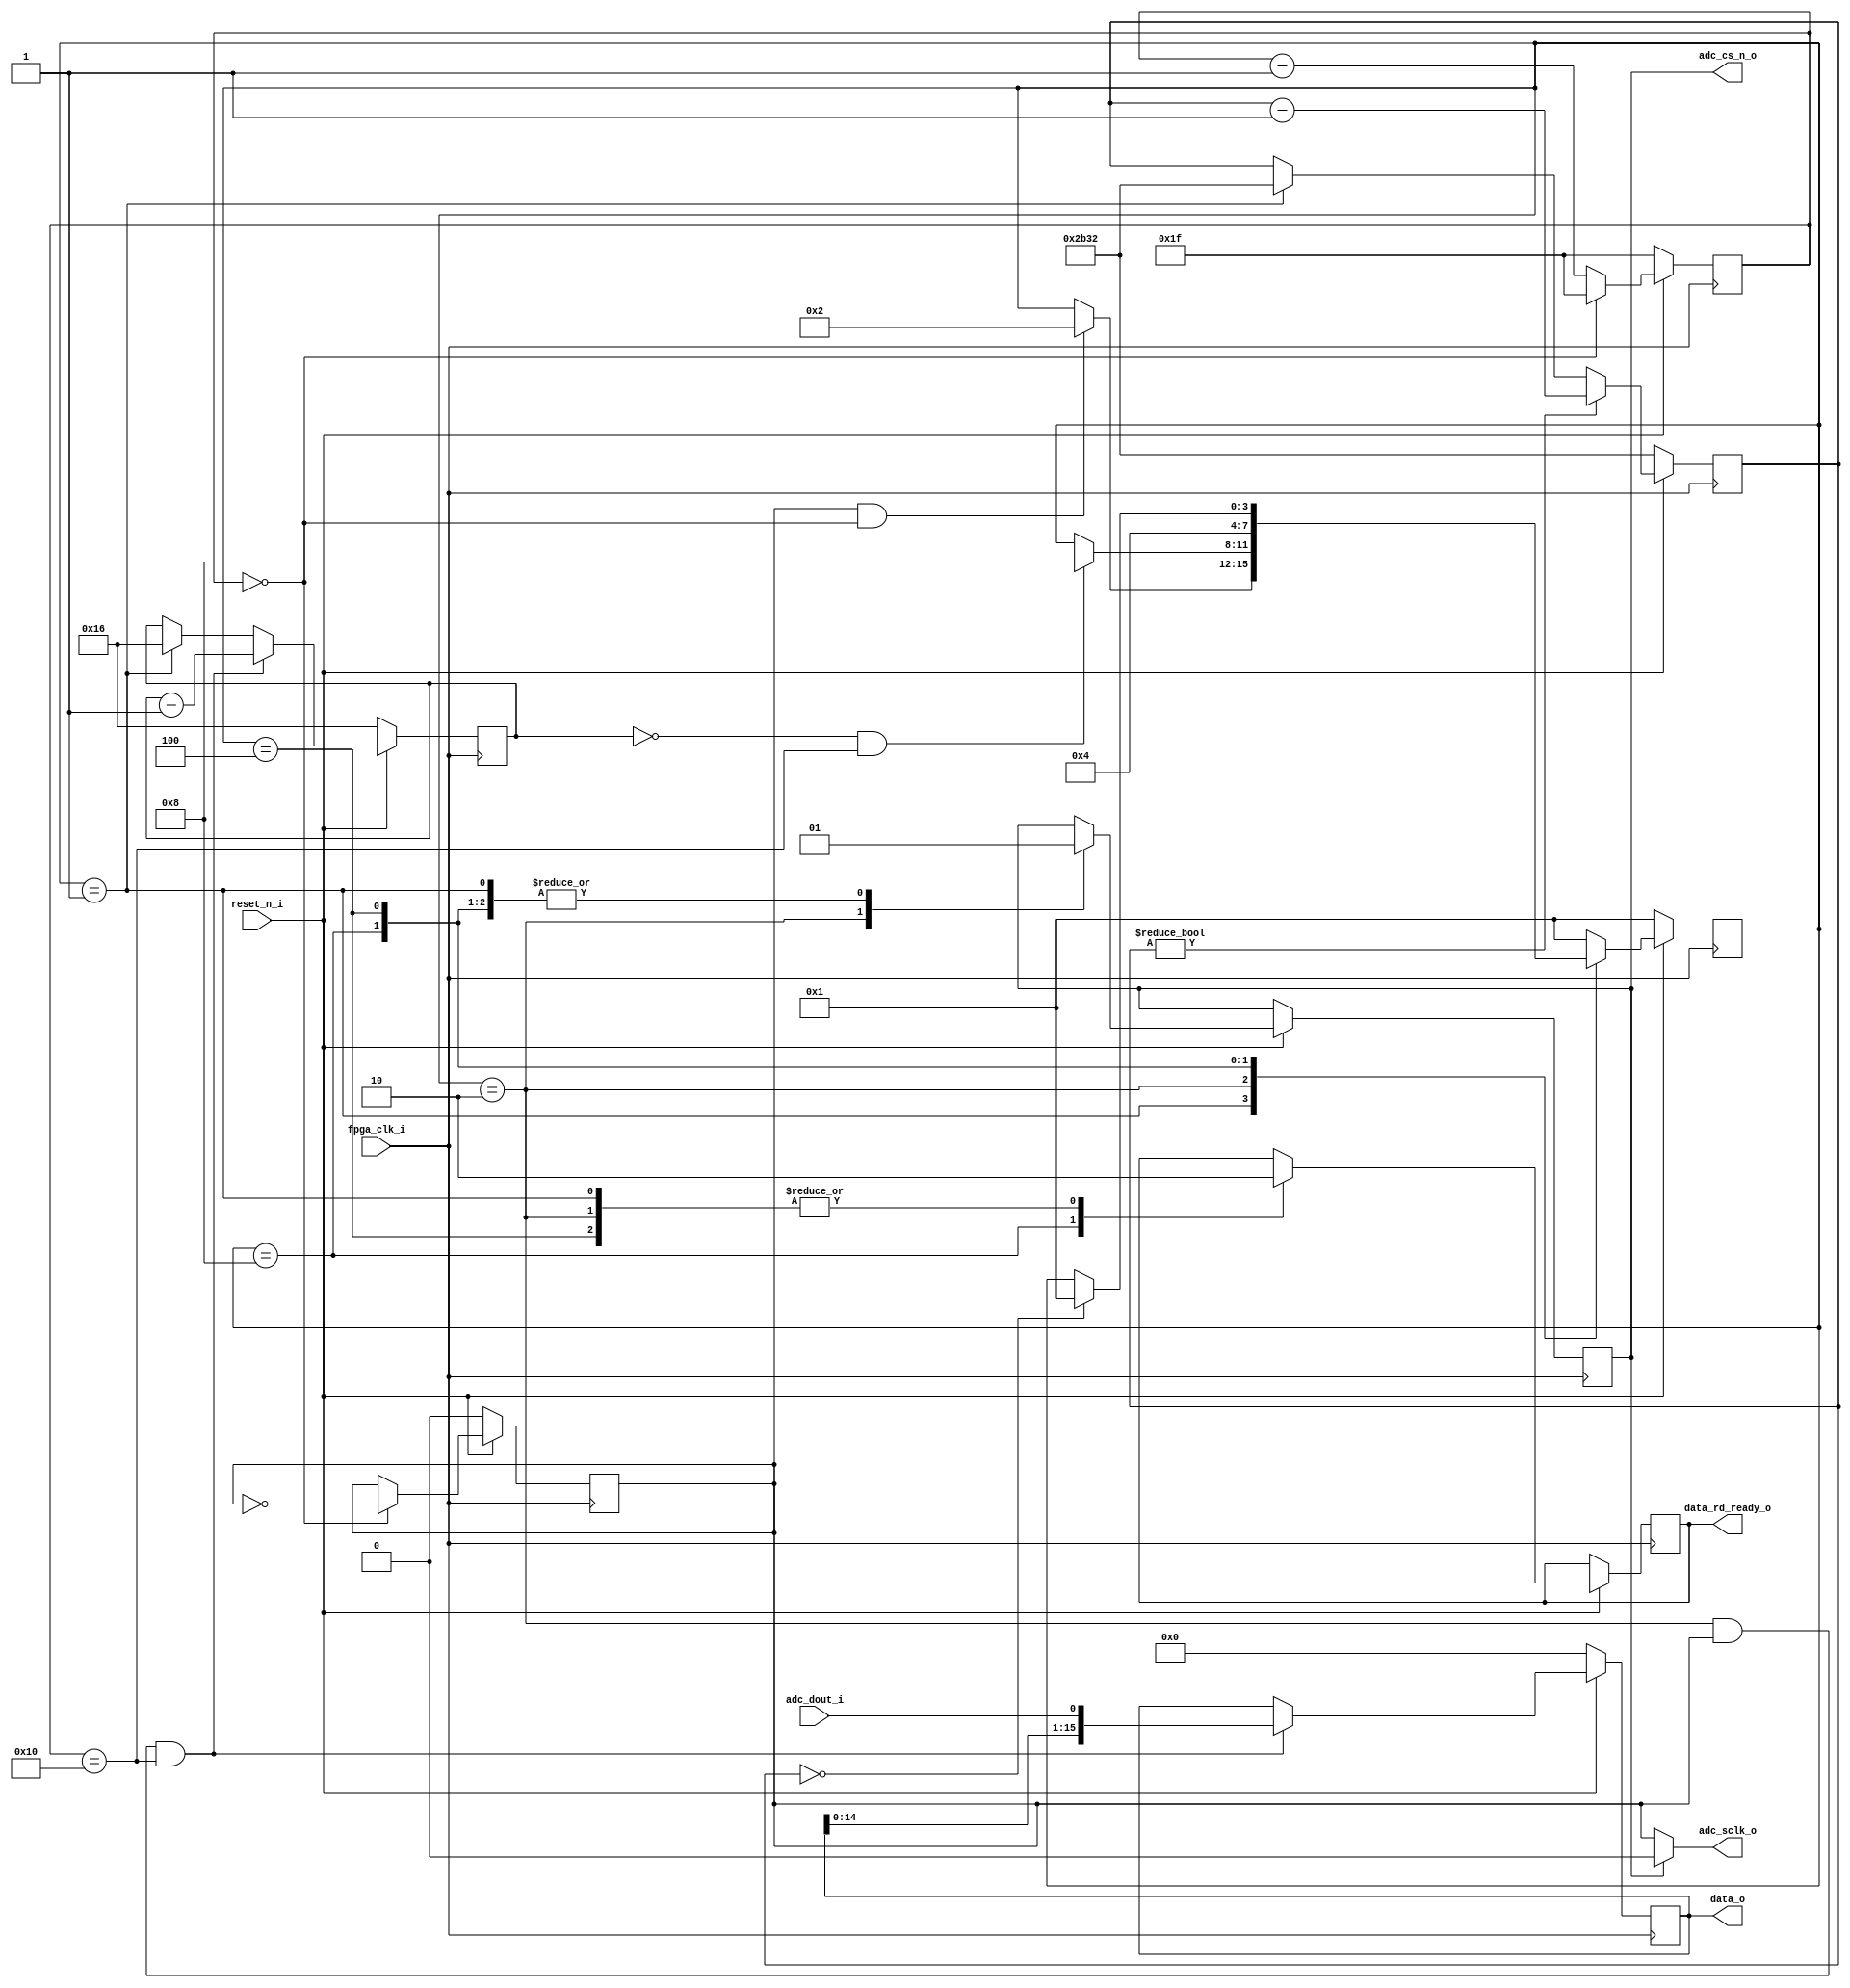
// -----------------------------------------------------------------------------
//
// Copyright 2012(c) Analog Devices, Inc.
//
// All rights reserved.
//
// Redistribution and use in source and binary forms, with or without modification,
// are permitted provided that the following conditions are met:
//  - Redistributions of source code must retain the above copyright
//    notice, this list of conditions and the following disclaimer.
//  - Redistributions in binary form must reproduce the above copyright
//    notice, this list of conditions and the following disclaimer in
//    the documentation and/or other materials provided with the
//    distribution.
//  - Neither the name of Analog Devices, Inc. nor the names of its
//    contributors may be used to endorse or promote products derived
//    from this software without specific prior written permission.
//  - The use of this software may or may not infringe the patent rights
//    of one or more patent holders.  This license does not release you
//    from the requirement that you obtain separate licenses from these
//    patent holders to use this software.
//  - Use of the software either in source or binary form, must be run
//    on or directly connected to an Analog Devices Inc. component.
//
// THIS SOFTWARE IS PROVIDED BY ANALOG DEVICES "AS IS" AND ANY EXPRESS OR IMPLIED
// WARRANTIES, INCLUDING, BUT NOT LIMITED TO, NON-INFRINGEMENT, MERCHANTABILITY
// AND FITNESS FOR A PARTICULAR PURPOSE ARE DISCLAIMED.
// IN NO EVENT SHALL ANALOG DEVICES BE LIABLE FOR ANY DIRECT, INDIRECT, INCIDENTAL,
// SPECIAL, EXEMPLARY, OR CONSEQUENTIAL DAMAGES (INCLUDING, BUT NOT LIMITED TO,
// INTELLECTUAL PROPERTY RIGHTS, PROCUREMENT OF SUBSTITUTE GOODS OR SERVICES;
// LOSS OF USE, DATA, OR PROFITS; OR BUSINESS INTERRUPTION) HOWEVER CAUSED AND
// ON ANY THEORY OF LIABILITY, WHETHER IN CONTRACT, STRICT LIABILITY, OR TORT
// (INCLUDING NEGLIGENCE OR OTHERWISE) ARISING IN ANY WAY OUT OF THE USE OF THIS
// SOFTWARE, EVEN IF ADVISED OF THE POSSIBILITY OF SUCH DAMAGE.
//
// -----------------------------------------------------------------------------
// MODULE NAME : AD7683
// AUTHORS EMAIL : adrian.costina@analog.com
// -----------------------------------------------------------------------------
// SVN REVISION: 1630
// -----------------------------------------------------------------------------
// KEYWORDS : AD7683
// -----------------------------------------------------------------------------
// PURPOSE : Driver for the AD7683 16-Bit Differential, 100 kSPS PulSAR ADC
//          MSOP/QFN
// -----------------------------------------------------------------------------
// REUSE ISSUES
// Reset Strategy      : Active low reset signal
// Clock Domains       :
// Critical Timing     : N/A
// Test Features       : N/A
// Asynchronous I/F    : N/A
// Instantiations      : N/A
// Synthesizable (y/n) : Y
// Target Device       : AD7683
// Other               : The driver is intended to be used for AD7683 ADCs
// -----------------------------------------------------------------------------
// -----------------------------------------------------------------------------

`timescale 1 ns /100 ps //Use a timescale that is best for simulation.

//------------------------------------------------------------------------------
//----------- Module Declaration -----------------------------------------------
//------------------------------------------------------------------------------

module AD7683

//----------- Ports Declarations -----------------------------------------------
(
    //clock and reset signals
    input               fpga_clk_i,     // system clock
    input               reset_n_i,      // active low reset signal

    //IP control and data interface
    output     [15:0]   data_o,         // data read from the ADC
    output reg          data_rd_ready_o,// when set to high the data read from the ADC is available on the data_o bus

    //ADC control and data interface
    input               adc_dout_i,     // ADC DOUT signal
    output              adc_sclk_o,     // ADC DCLOCK signal
    output reg          adc_cs_n_o      // ADC CS signal
);

//------------------------------------------------------------------------------
//----------- Registers Declarations -------------------------------------------
//------------------------------------------------------------------------------

reg [ 3:0]  adc_state;      // current state for the ADC control state machine
reg [ 3:0]  adc_next_state; // next state for the ADC control state machine

reg [ 13:0]  adc_tcycle_cnt; // counts the number of FPGA clock cycles to determine when an ADC cycle is complete
reg [ 4:0]  sclk_clk_cnt;   // counts the number of clocks applied to the ADC to read the conversion result

reg [15:0]  adc_data_s;     // interal register used to store the data read from the ADC

reg [9:0]   div_clk_ff;     // counter used to divide clock
reg         adc_sclk_s;     // internal signal for the clock sent to the ADC

//------------------------------------------------------------------------------
//----------- Local Parameters -------------------------------------------------
//------------------------------------------------------------------------------
//ADC states
parameter ADC_IDLE_STATE        = 4'b0001;
parameter ADC_CONVERT_STATE     = 4'b0010;
parameter ADC_END_CNV_STATE     = 4'b0100;
parameter ADC_READ_CNV_RESULT   = 4'b1000;

//ADC timing
parameter real FPGA_CLOCK_FREQ  = 11.0592;  // FPGA clock frequency [MHz]100MHz=0.01us
parameter real ADC_CLOCK_FREQ   = 0.1728;  // ADC clock frequency [MHz] 2.3MHz=0.434us
parameter real ADC_CYCLE_TIME   = 1000;   // minimum time between two ADC conversions (Tcyc) [us] 10:CS's Falling edge =10us
parameter [13:0] ADC_CYCLE_CNT   = FPGA_CLOCK_FREQ * ADC_CYCLE_TIME - 1;
parameter [9:0] ADC_CLK_DIV     = FPGA_CLOCK_FREQ / ADC_CLOCK_FREQ / 2 - 1;

//ADC serial clock periods
parameter ADC_SCLK_PERIODS      = 5'd22; //number of clocks to be sent to the ADC to read the conversion result

//------------------------------------------------------------------------------
//----------- Assign/Always Blocks ---------------------------------------------
//------------------------------------------------------------------------------

assign adc_sclk_o     = adc_cs_n_o ? 1'b0 : adc_sclk_s;
assign data_o         = adc_data_s[15:0];

// Clock generation process
always @ (posedge fpga_clk_i)
begin
    if (reset_n_i == 1'b0)
    begin
        div_clk_ff  <= ADC_CLK_DIV;
        adc_sclk_s  <= 1'b0;
    end
    else
    begin
        if ( div_clk_ff == 10'h0)
        begin
            div_clk_ff <= ADC_CLK_DIV;
            adc_sclk_s <= ~adc_sclk_s;
        end
        else
        begin
            div_clk_ff <= div_clk_ff - 10'h1;
        end
    end
end

// Timing counter
always @(posedge fpga_clk_i)
begin
    if(reset_n_i == 1'b0)
    begin
        adc_tcycle_cnt  <= ADC_CYCLE_CNT;
    end
    else
    begin
        if(adc_tcycle_cnt != 13'h0)
        begin
            adc_tcycle_cnt <= adc_tcycle_cnt - 13'h1;
        end
        else if(adc_state == ADC_IDLE_STATE)
        begin
            adc_tcycle_cnt <= ADC_CYCLE_CNT;
        end
    end
end

// read data from the ADC
always @(posedge fpga_clk_i)
begin
    if(reset_n_i == 1'b0)
    begin
        adc_data_s  <= 16'h0;
        sclk_clk_cnt<= ADC_SCLK_PERIODS;
    end
    else if ( adc_state == ADC_CONVERT_STATE && adc_sclk_s == 1'b1 && div_clk_ff == 10'h10 )
    begin
        adc_data_s   <= { adc_data_s[14:0], adc_dout_i };
        sclk_clk_cnt <= sclk_clk_cnt - 5'h1;
    end
    else if ( adc_state == ADC_IDLE_STATE )
    begin
        sclk_clk_cnt <= ADC_SCLK_PERIODS;
    end
end

//update the ADC current state and the control signals
always @(posedge fpga_clk_i)
begin
    if(reset_n_i == 1'b0)
    begin
        adc_state <= ADC_IDLE_STATE;
    end
    else
    begin
        adc_state <= adc_next_state;
        case (adc_state)
            ADC_IDLE_STATE:     // Synchronize CS with DCLOCK
            begin
                adc_cs_n_o      <= 1'b1;
                data_rd_ready_o <= 1'b0;
            end
            ADC_CONVERT_STATE:  // Transfer data from the ADC
            begin
                adc_cs_n_o      <= 1'b0;
                data_rd_ready_o <= 1'b0;
            end
            ADC_READ_CNV_RESULT:// Transfer data to the upper module
            begin
                adc_cs_n_o      <= 1'b1;
                data_rd_ready_o <= 1'b1;
            end
            ADC_END_CNV_STATE:  // Wait for cycle end
            begin
                adc_cs_n_o      <= 1'b1;
                data_rd_ready_o <= 1'b0;
            end
        endcase
    end
end

//update the ADC next state
always @(adc_state, adc_sclk_s, adc_tcycle_cnt, div_clk_ff, sclk_clk_cnt)
begin
    adc_next_state = adc_state;
    case (adc_state)
        ADC_IDLE_STATE:
        begin
            if (adc_sclk_s == 1'b1 && div_clk_ff == 10'h0)
            begin
                adc_next_state = ADC_CONVERT_STATE;
            end
        end
        ADC_CONVERT_STATE:
        begin
            if (sclk_clk_cnt == 5'h0 && div_clk_ff == 10'h10)
            begin
                adc_next_state = ADC_READ_CNV_RESULT;
            end
        end
        ADC_READ_CNV_RESULT:
        begin
            adc_next_state  = ADC_END_CNV_STATE;
        end
        ADC_END_CNV_STATE:
        begin
            if( adc_tcycle_cnt == 13'h0)
            begin
                adc_next_state = ADC_IDLE_STATE;
            end
        end
        default:
        begin
            adc_next_state = ADC_IDLE_STATE;
        end
    endcase
end

endmodule